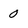
Character: 0